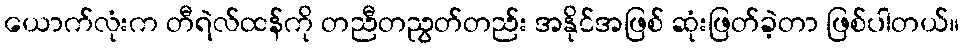
ယောက်လုံးက တီရဲလ်ထန်ကို တညီတညွတ်တည်း အနိုင်အဖြစ် ဆုံးဖြတ်ခဲ့တာ ဖြစ်ပါတယ်။